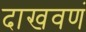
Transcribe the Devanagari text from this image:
दाखवणं